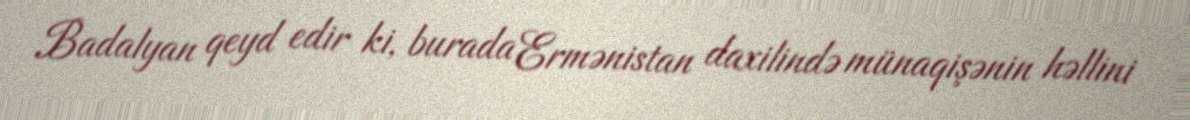
Badalyan qeyd edir ki, burada Ermənistan daxilində münaqişənin həllini